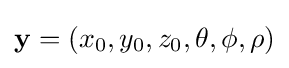
\mathbf {y} =(x_{0},y_{0},z_{0},\theta ,\phi ,\rho )